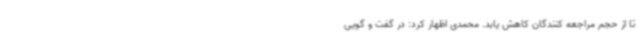
تا از حجم مراجعه کنندگان کاهش یابد. محمدی اظهار کرد: در گفت و گویی